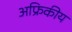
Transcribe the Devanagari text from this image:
अफ्रिकीय